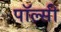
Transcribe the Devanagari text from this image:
पॉल्सी